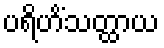
ပရိဟိံသတ္ထာယ